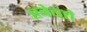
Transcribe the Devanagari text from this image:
खेचते